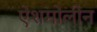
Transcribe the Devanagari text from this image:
ऐशमोलीन